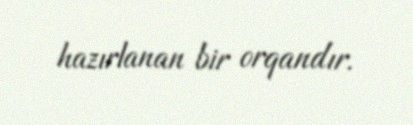
hazırlanan bir orqandır.